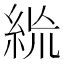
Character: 𥿪